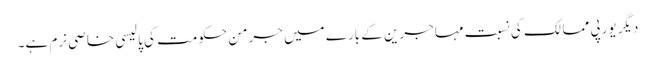
دیگر یورپی ممالک کی نسبت مہاجرین کے بارے میں جرمن حکومت کی پالیسی خاصی نرم ہے۔